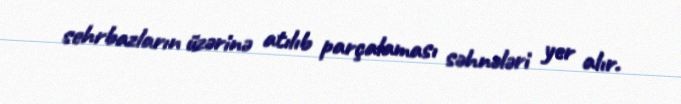
sehrbazların üzərinə atılıb parçalaması səhnələri yer alır.